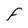
Character: F